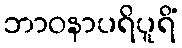
ဘာဝနာပရိပူရိံ